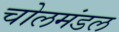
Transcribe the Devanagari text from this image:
चोलमंडल